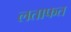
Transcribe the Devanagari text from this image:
लताफत